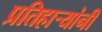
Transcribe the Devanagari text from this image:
प्रतिहार्‍यांनी